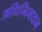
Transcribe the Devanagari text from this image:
अधिनिमयन